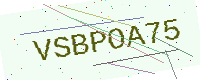
Text: VSBPOA75